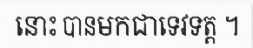
នោះ បានមកជាទេវទត្ត ។